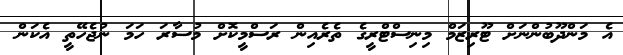
އެ މަންދޫބުންނަށް ޓޫރިޒަމް މިނިސްޓްރީގެ ތެރެއިން ރަސްމީކޮށް މުސާރަ ހަމަ ނުޖެހޭތީ އެކަން